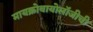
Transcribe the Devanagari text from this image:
मायक्रोबायोलॉजीची